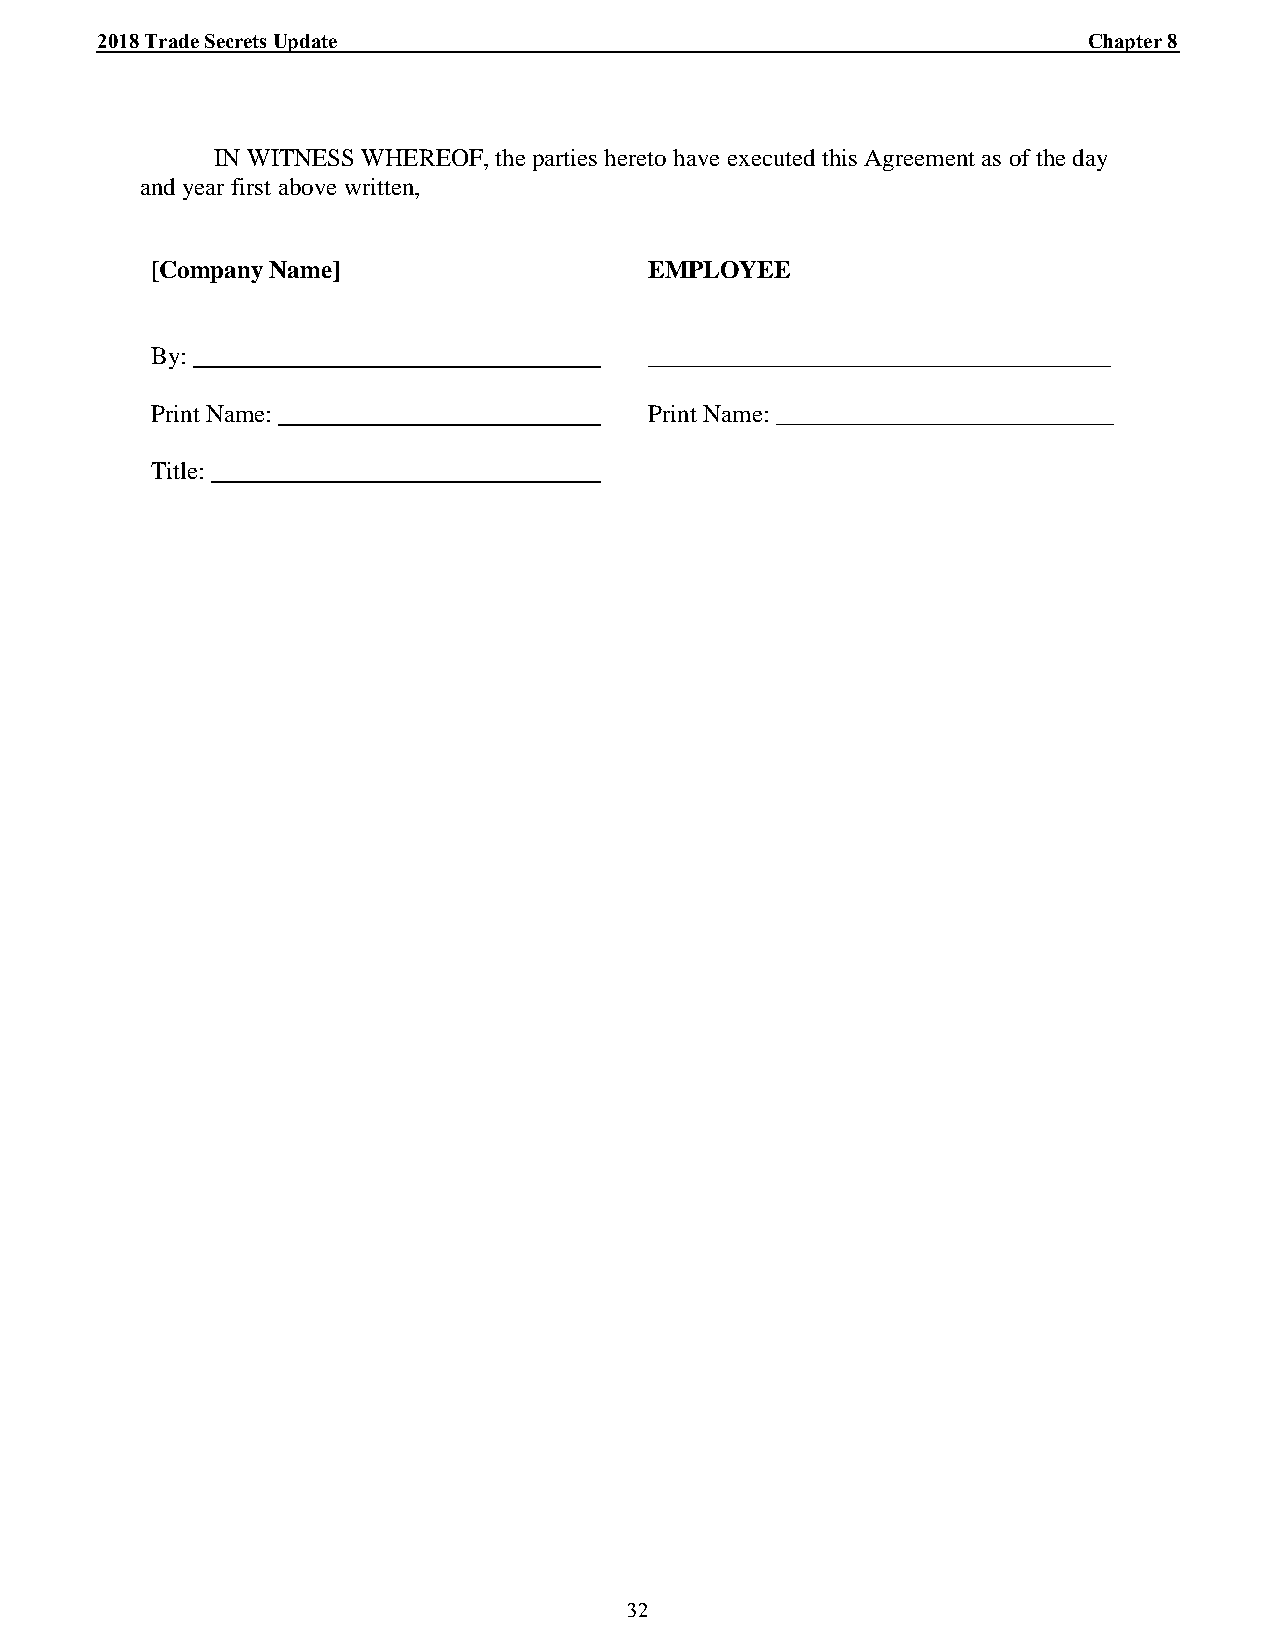
_2_0_1_8_ T_r_a_d_e_ _S_e_c_r_e_ts_ U__p_d_a_t_e_________________________________________________________________________C_h_a_p_t_e_r_ 8_
 IN WITNESS WHEREOF, the parties hereto have executed this Agreement as of the day
 and year first above written,
 [Company Name]                   EMPLOYEE
 By:                              _____________________________________
 Print Name:                      Print Name: ___________________________
 Title:
 32